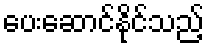
ပေးဆောင်နိုင်သည့်